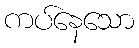
ကပ်နေသော